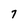
Character: 7